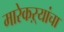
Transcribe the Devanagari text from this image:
मारेकऱ्यांचा